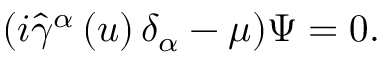
( i \widehat { \gamma } ^ { \alpha } \left( u \right) \delta _ { \alpha } - \mu ) \Psi = 0 .